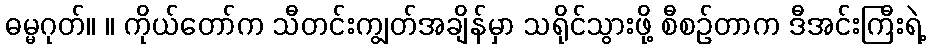
ဓမ္မဂုတ်။ ။ ကိုယ်တော်က သီတင်းကျွတ်အချိန်မှာ သရိုင်သွားဖို့ စီစဉ်တာက ဒီအင်းကြီးရဲ့